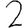
Digit: 2